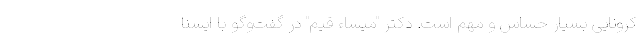
کرونایی بسیار حساس و مهم است. دکتر "میساء قیم" در گفت‌وگو با ایسنا